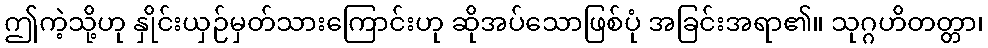
ဤကဲ့သို့ဟု နှိုင်းယှဉ်မှတ်သားကြောင်းဟု ဆိုအပ်သောဖြစ်ပုံ အခြင်းအရာ၏။ သုဂ္ဂဟိတတ္တာ၊